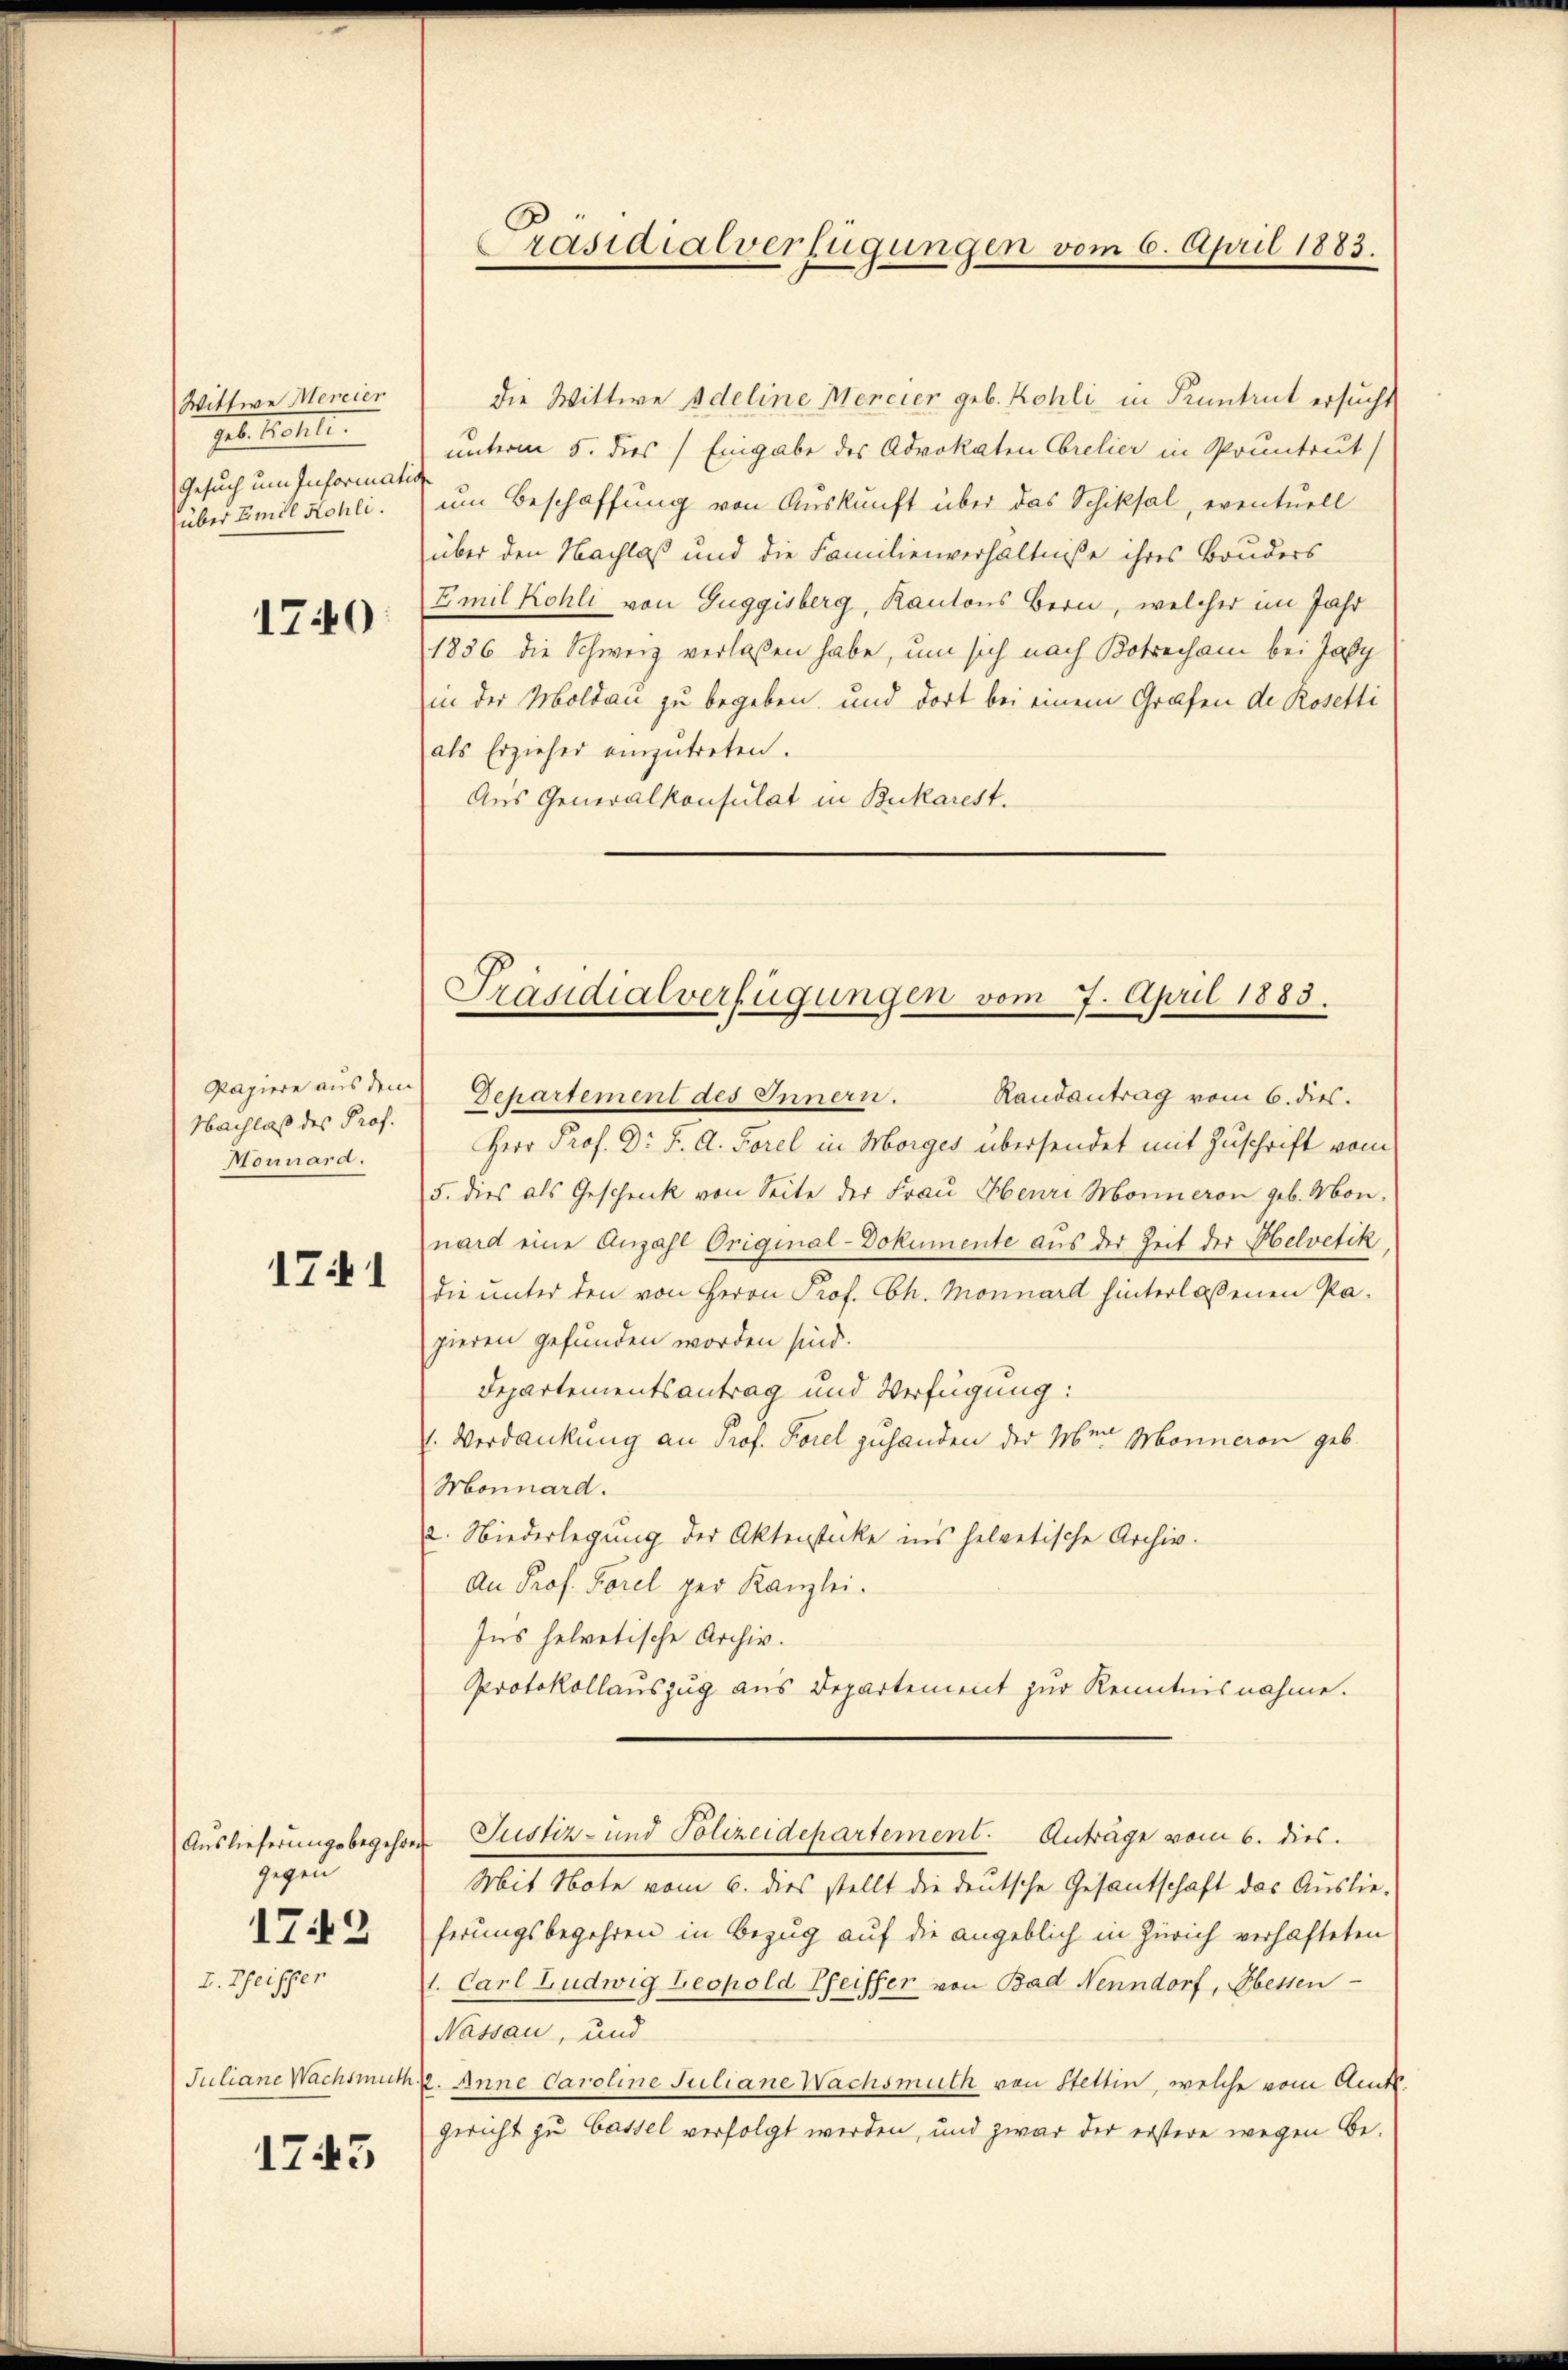
Wittwe Mercier
geb. Ro
Gesuch um Informatis
über Emil Kohli.

1740

Papiere aus dem
Nachlaß des Prof.
Monnara.

71

Auslieferungsbegehren
gegen
1742
I. Beischen

Juliane Wachsmuth.

1743

die Wittwe Adeline Mencier geb. Kohli in Pruntrut ersucht
unterm 5. dies Eingabe des Advokaten Obrelier in Pruntrut
um Beschaffung von Auskunft über das Schiksal, eventuell
über den Nachlaß und die Familienverhältnisse ihres Bruders
Emil Kohli von Guggisberg, Kantons Bern, welcher im Jahr
1836 die Schweiz verlassen habe, um sich nach Botrechani bei Jaby
in der Moldau zu begeben, und dort bei einem Grafen de Rosetti
als Erzieher einzŭtreten.
Aus Generalkonsulat in Bukarest.

räsidialverfügungen vom 6. April 1883.

Präsidialverfügungen vom 7. April 1883.
Departement des Innern. Handantrag vom 6. dies.

Herr Prof. Dr. F. A. Forel in Morges übersendet mit Zuschrift vom
5. dies als Geschenck von Seite der Frau Henri Monneron geb. Monnard eine Anzahl Original-Dokumente aus der Zeit der Helvetik
die unter den von Herrn Prof. Ch. Monnard hinterlaßenen Papieren gefunden worden sind.
Departementsantrag und Verfügung:
1. Verdankung an Prof. Forel zuhanden der Mein Monneren geb.
Monnard.
2. Niederlegung der Aktenstücke ins helvetische Archiv.
An Prof. Forel per Kanzlei.
Ins helvetische Archiv.
Protokollauszug aus Departement zur Kenntnisnahme.
Justiz- und Polizeidepartement. Anträge vom 6. dies.
Mit Note vom 6. dies stellt die deutsche Gesantschaft das Auslieferungsbegehren in Bezug auf die angeblich in Zürich verhafteten
1. Carl Ludwig Leopold Pfeiffer von Bad Nenndorf, bessen
Nassau, und
27. Anne Caroline Juliane Wachsmuth von Stettin, welche vom Amtsgericht zu Cassel verfolgt werden, und zwar der erstere wegen Be¬